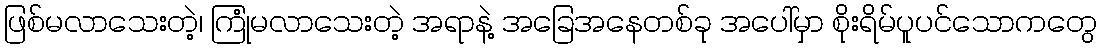
ဖြစ်မလာသေးတဲ့၊ ကြုံမလာသေးတဲ့ အရာနဲ့ အခြေအနေတစ်ခု အပေါ်မှာ စိုးရိမ်ပူပင်သောကတွေ